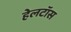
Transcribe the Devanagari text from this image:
हेलटॉस